Assam Mental Hospital (Tezpur, India) - 1933-1948
Year: 1933
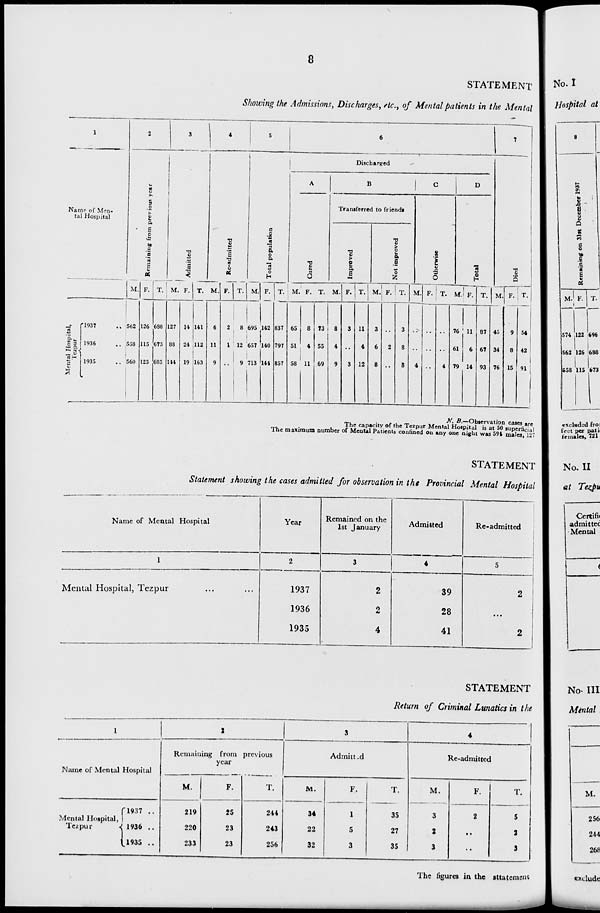
8
STATEMENT
Showing the Admissions, Discharges, etc., of Mental patients in the Mental
1
Name of Men-
tal Hospital
Mental Hospital,
Tezpur
1937 ..
1936 ..
1935 ..
2
Remaining from previous year
M.
562
558
560
F.
126
115
125
T.
688
673
685
3
Admitted
M.
127
88
144
F.
14
24
19
T.
141
112
163
4
Re-admitted
M.
6
11
9
F.
2
1
...
T.
8
12
9
5
Total population
M.
695
657
713
F.
142
140
144
T.
837
797
857
6
Discharged
A
Cured
M.
65
51
58
F.
8
4
11
T.
73
55
69
B
Transferred to friends
Improved
M.
8
4
9
F.
3
..
3
T.
11
4
12
Not improved
M.
3
6
8
F.
..
2
..
T.
3
8
8
C
Otherwise
M.
..
..
4
F.
..
..
...
T.
..
..
4
D
Total
M.
76
61
79
F.
11
6
14
T.
87
67
93
7
Died
M.
45
34
76
F.
9
8
15
T.
54
42
91
N. B.—Observation cases are
The capacity of the Tezpur Mental Hospital is at 50 superficial
The maximum number of Mental Patients confined on any one night was 594 males, 127
STATEMENT
Statement showing the cases admitted for observation in the Provincial Mental Hospital
Name of Mental Hospital
1
Mental Hospital, Tezpur ... ...
Year
2
1937
1936
1935
Remained on the
1st January
3
2
2
4
Admitted
4
39
28
41
Re-admitted
5
2
...
2
STATEMENT
Return of Criminal Lunatics in the
1
Name of Mental Hospital
Mental Hospital,
Tezpur
1937 ..
1936 ..
1935 ..
2
Remaining from previous
year
M.
219
220
233
F.
25
23
23
T.
244
243
256
3
Admitted
M.
34
22
32
F.
1
5
3
T.
35
27
35
4
Re-admitted
M.
3
2
3
F.
2
..
..
T.
5
2
3
The figures in the statement